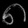
Digit: ၈